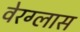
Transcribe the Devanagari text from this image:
वेरग्लास